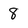
Character: 8